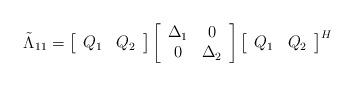
LaTeX: \begin{align*} \tilde \Lambda_{11} = \left[\begin{array}{cc} Q_1 & Q_2 \end{array}\right] \left[\begin{array}{cc} \Delta_1 & 0\\ 0 & \Delta_2 \end{array}\right] \left[\begin{array}{cc} Q_1 & Q_2 \end{array}\right]^H\end{align*}